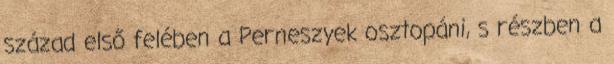
század első felében a Perneszyek osztopáni, s részben a